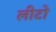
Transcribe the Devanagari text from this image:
लीटो